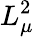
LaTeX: L_{\mu}^{2}